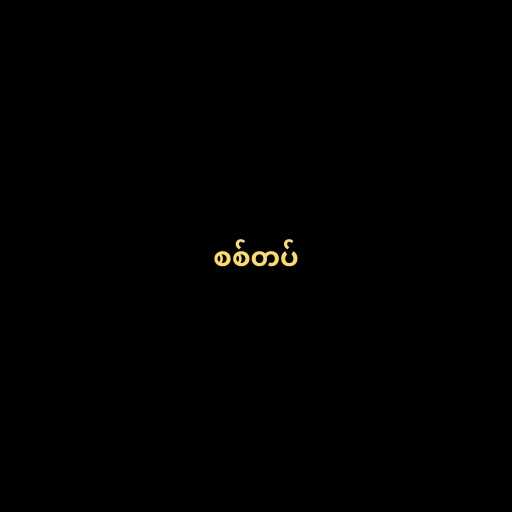
စစ်တပ်